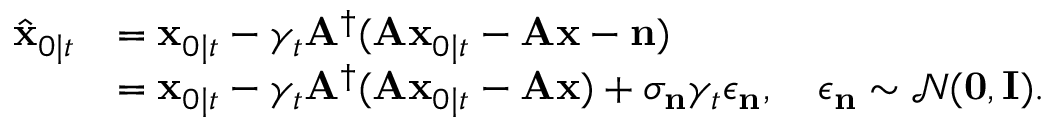
\begin{array} { r l } { \hat { \mathbf { x } } _ { 0 \mid t } } & { = \mathbf { x } _ { 0 \mid t } - \gamma _ { t } \mathbf { A } ^ { \dagger } ( \mathbf { A } \mathbf { x } _ { 0 \mid t } - \mathbf { A } \mathbf { x } - \mathbf { n } ) } \\ & { = \mathbf { x } _ { 0 \mid t } - \gamma _ { t } \mathbf { A } ^ { \dagger } ( \mathbf { A } \mathbf { x } _ { 0 \mid t } - \mathbf { A } \mathbf { x } ) + \sigma _ { \mathbf { n } } \gamma _ { t } \epsilon _ { \mathbf { n } } , \quad \epsilon _ { \mathbf { n } } \sim \mathcal { N } ( \mathbf { 0 } , \mathbf { I } ) . } \end{array}